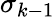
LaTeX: \sigma_{k-1}